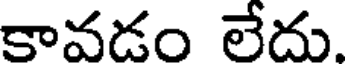
కావడం లేదు.